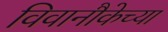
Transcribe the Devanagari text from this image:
विवानौकेच्या